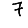
Digit: 7